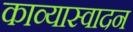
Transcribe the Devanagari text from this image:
काव्यास्वादन